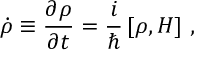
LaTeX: \dot { \rho } \equiv { \frac { \partial \rho } { \partial t } } = { \frac { i } { \hbar } } \, [ \rho , H ] \ ,